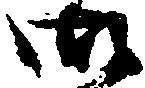
御